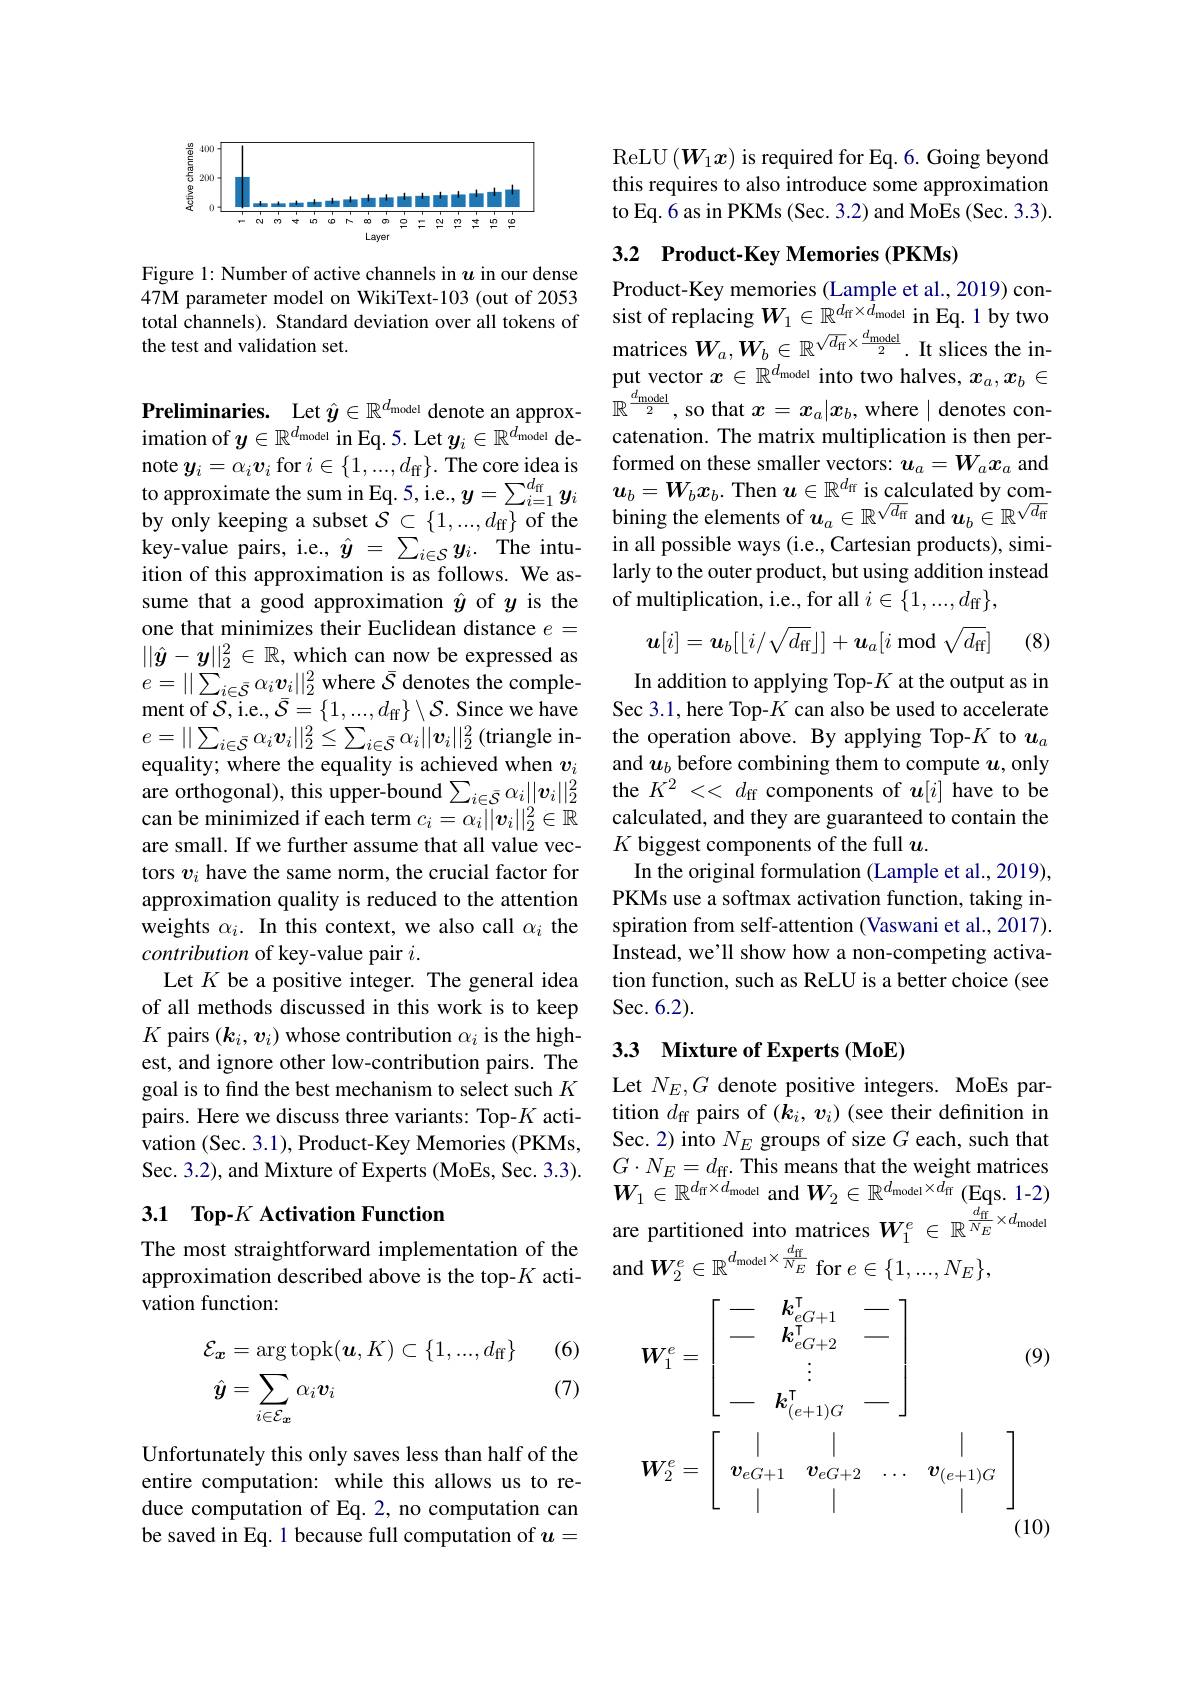
<FigureHere>

Figure 1: Number of active channels in $u$ in our dense 47M parameter model on WikiText-103 (out of 2053 $\begin{aligned}&\text{471 palanincu inotion winkicu-103 (utot 0 2005)}\\&\text{total channels). Standard deviation over all tokens of}&&\text{sist of replacing }\boldsymbol{W}_{1}\in\mathbb{R}^{{d_{\mathrm{ff}}\times\vec{d}_{\mathrm{model}}}}\mathrm{~in~Eq.~1~by~two}\\&\text{the test and validation set.}&&\text{matrices }\boldsymbol{W}_{a},\boldsymbol{W}_{b}\in\end{aligned}$

imation of $y\in\mathbb{R}^{d_{\mathrm{model}}}$ in Eq. 5. Let $y_i\in\mathbb{R}^{d_{\mathrm{model}}}$ deby only keeping a subset $\mathcal{S} \subset \{ 1, . . . , d_{\mathrm{ff}}\}$ of the key-value pairs, i.e., $\hat{y}=\sum_{i\in\mathcal{S}}y_{i}.$ The intuition of this approximation is as follows. We assume that a good approximation $\hat{y}$ of $y$ is the one that minimizes their Euclidean distance $e=$ $||\hat{\boldsymbol{y}}-\boldsymbol{y}||_2^2\in\mathbb{R}$, which can now be expressed as $e=||\sum_{i\in\bar{S}}\alpha_{i}\boldsymbol{v}_{i}||_{2}^{2}$where $\bar{\mathcal{S}}$ denotes the complement of $\bar{\mathcal{S}}$,i.e.$, \bar{\mathcal{S} } = \{ 1, . . . , d_{\mathrm{ff}}\} \setminus \mathcal{S} .$ Since we have $e=\|\sum_{i\in\bar{S}}\alpha_i\boldsymbol{v}_i\|_2^2\leq\sum_{i\in\bar{S}}\alpha_i\|\boldsymbol{v}_i\|_2^2$(triangle in- the operation above. By applying Top-$K$ to $u_a$
equality; where the equality is achieved when $v_i$
are orthogonal), this upper-bound $\sum _{i\in \bar{S} }\alpha _i| | \boldsymbol{v}_i| | _2^2$ the $K^2<<d_{\mathrm{ff}}$ components of $\boldsymbol u[i]$ have to be
can be minimized if each term $c_i=\alpha_i||\boldsymbol{v}_i||_2^2\in\mathbb{R}$ are small. If we further assume that all value vectors $v_i$ have the same norm, the crucial factor for approximation quality is reduced to the attention weights $\alpha_i.$ In this context, we also call $\alpha_i$ the contribution of key-value pair $i.$
Let $K$ be a positive integer. The general idea of all methods discussed in this work is to keep $K$ pairs $(\boldsymbol k_i,\boldsymbol v_i)$ whose contribution $\alpha_i$ is the highest, and ignore other low-contribution pairs. The goal is to find the best mechanism to select such $K$ pairs. Here we discuss three variants: Top-$K$ activation (Sec. 3.1), Product-Key Memories (PKMs, Sec. 3.2), and Mixture of Experts (MoEs, Sec. 3.3).

## 3.1 Top-K Activation Function

vation function:

(6)
$$\begin{aligned}&\mathcal{E}_{\boldsymbol{x}}=\arg\operatorname{topk}(\boldsymbol{u},K)\subset\{1,...,d_{\mathrm{ff}}\}\\&\hat{\boldsymbol{y}}=\sum_{i\in\mathcal{E}_{\boldsymbol{x}}}\alpha_{i}\boldsymbol{v}_{i}\end{aligned}$$
(7)

Unfortunately this only saves less than half of the entire computation: while this allows us to reduce computation of Eq. 2, no computation can be saved in Eq. 1 because full computation of $u=$

ReLU$\left(\boldsymbol W_1x\right)$is required for Eq.6. Going beyond this requires to also introduce some approximation to Eq. 6 as in PKMs (Sec. 3.2) and MoEs (Sec. 3.3).

## 3.2 Product-Key Memories (PKMs)

Product-Key memories (Lample et al., 2019) conput vector $x\in\mathbb{R}^d_\text{model }$ into two halves, $x_a,x_b\in$
Preliminaries. $\det\hat{y}\in\mathbb{R}^{d_\text{model }{\text{denote an approx- }}}\mathbb{R}^{\frac{d_\text{model}}2}$, so that $x=x_a|x_b$,where| denotes con-
catenation. The matrix multiplication is then per-
note $\boldsymbol{y}_i= \alpha _i\boldsymbol{v}_i$ for $i\in \{ 1, . . . , d_{\mathrm{ff}}\} .$ The core idea is formed on these smaller vectors: $\boldsymbol{u}_a= \boldsymbol{W}_a\boldsymbol{x}_a$ and to approximate the sum in Eq. 5, ie. , $\boldsymbol{y}= \sum _{i= 1}^{d_{\mathrm{ff}}}\boldsymbol{y}_i$ $\boldsymbol{u}_b= \boldsymbol{W}_b\boldsymbol{x}_b.$ Then $\boldsymbol{u}\in \mathbb{R} ^{d_{\mathrm{ff}}}\boldsymbol{\text{is}}$
bining the elements of $u_a\in\mathbb{R}^{\sqrt{d_\mathrm{ff}}}$ and $u_b\in\mathbb{R}^{\sqrt{d_\mathrm{ff}}}$ in all possible ways (i.e., Cartesian products), similarly to the outer product, but using addition instead of multiplication, i.e., for all $i\in\{1,...,d_{\mathrm{ff}}\}$,
$$\boldsymbol{u}[i]=\boldsymbol{u}_b[\lfloor i/\sqrt{d_\mathrm{ff}}\rfloor]+\boldsymbol{u}_a[i\bmod\sqrt{d_\mathrm{ff}}]$$
(8)

In addition to applying Top-$K$ at the output as in Sec 3.1, here Top-$K$ can also be used to accelerate and $u_b$ before combining them to compute $u$,only calculated, and they are guaranteed to contain the $K$ biggest components of the full $u.$
In the original formulation (Lample et al., 2019), PKMs use a softmax activation function, taking inspiration from self-attention (Vaswani et al., 2017). Instead, we'll show how a non-competing activation function, such as ReLU is a better choice (see Sec.6.2).

## 33 Mixture of Experts (MoE)

Let $N_E,G$ denote positive integers. MoEs partition $d_\mathrm{ff}$ pairs of $(\bar{k}_i,v_i)$ (see their definition in Sec. 2) into $N_E$ groups of size $G$ each, such that $G\cdot N_{E}=d_{\mathrm{ff.~This~means~that~the~weight~matrices}}$ $W_{1}\in\mathbb{R}^{d_{\mathrm{ff}}\times d_{\mathrm{model}}}$ and $W_2\in\mathbb{R}^{d_{\mathrm{model}}\times d_{\mathrm{ff}}}($Eqs. 1-2) are partitioned into matrices $W_1^e\in\mathbb{R}^{\frac{d_{\mathrm{ff}}}{N_E}\times d_{\mathrm{model}}}$
The most straightforward implementation of the approximation described above is the top-$K$ acti- and $W_2^e\in\mathbb{R}^{d_{\mathrm{model}}\times\frac{d_{\mathrm{ff}}}{N_E}}$ for $e\in\{1,...,N_E\}$,
$$\left.\begin{aligned}&\boldsymbol{W}_{1}^{e}=\left[\begin{array}{cccc}-&k_{eG+1}^\mathrm{T}&-\\-&k_{eG+2}^\mathrm{T}&-\\&\vdots\\-&k_{(e+1)G}^\mathrm{T}&-\end{array}\right.\\&\boldsymbol{W}_{2}^{e}=\left[\begin{array}{cccc}|&|&&|\\\boldsymbol{v}_{eG+1}&\boldsymbol{v}_{eG+2}&\ldots&\boldsymbol{v}_{(e+1)G}\\|&|&&|\end{array}\right.\left[\begin{array}{c}9)\\\end{array}\right.\\&\left(10\right)\end{aligned}\right.$$